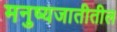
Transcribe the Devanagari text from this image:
मनुष्यजातीतील